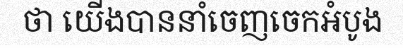
ថា យើងបាននាំចេញចេកអំបូង